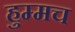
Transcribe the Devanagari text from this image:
हुम्मच